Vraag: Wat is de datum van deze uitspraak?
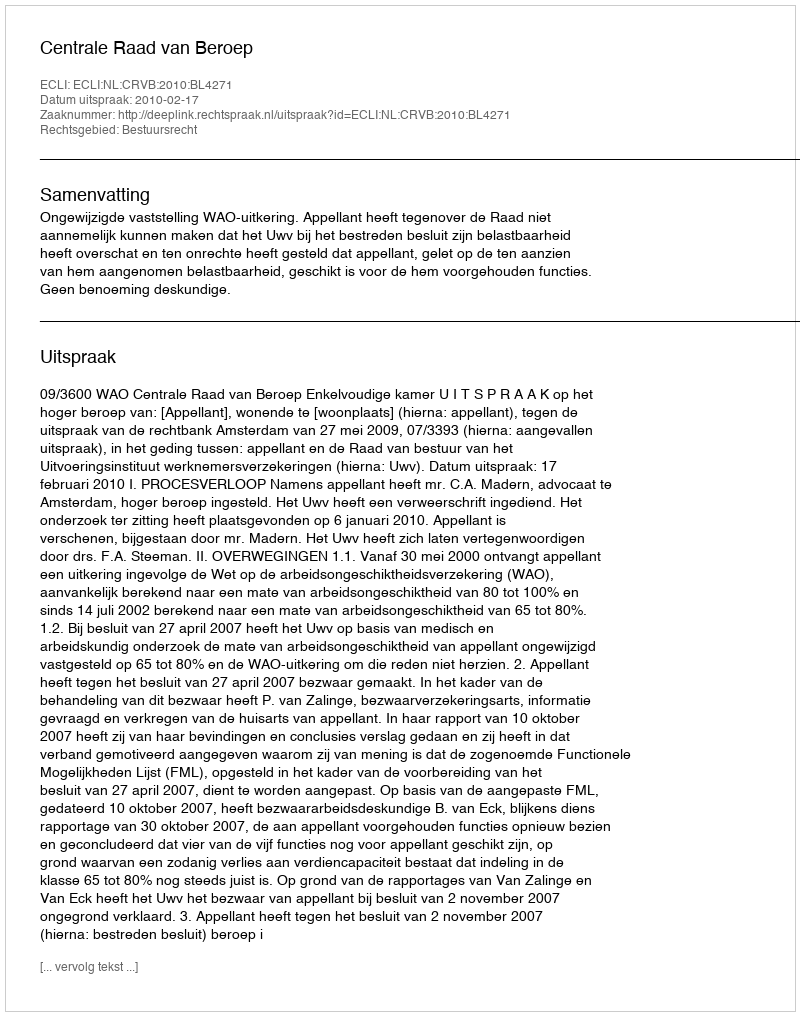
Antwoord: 2010-02-17